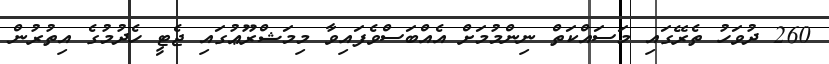
260 ދުވަހު ތެރޭގައި މަސައްކަތް ނިންމުމަށް އެއްބަސްވެފައިވާ މިމަޝްރޫޢުގައި ޖެޓީ ހެދުމުގެ އިތުރުން